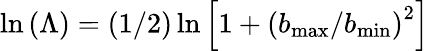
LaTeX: \ln{(\Lambda)}=(1/2)\ln\left[1+\left(b_{\operatorname*{max}}/b_{\operatorname*{min}}\right)^{2}\right]